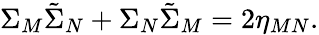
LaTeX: \Sigma_{M}\tilde{\Sigma}_{N}+\Sigma_{N}\tilde{\Sigma}_{M}=2\eta_{MN}.